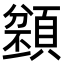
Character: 𩔌